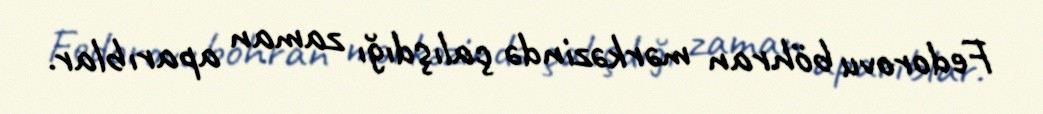
Fedorovu böhran mərkəzində çalışdığı zaman aparıblar.